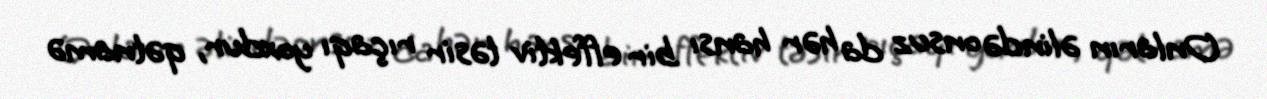
Onların əlində onsuz da hər hansı bir effektiv təsir rıçaqı yoxdur, qətnamə